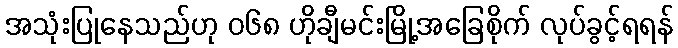
အသုံးပြုနေသည်ဟု ၀၆၈ ဟိုချီမင်းမြို့အခြေစိုက် လုပ်ခွင့်ရရန်